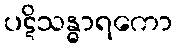
ပဋိသန္ဓာရကော